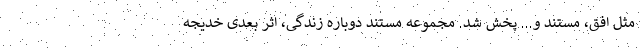
مثل افق، مستند و... پخش شد. مجموعه مستند دوباره زندگی، اثر بعدی خدیجه